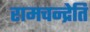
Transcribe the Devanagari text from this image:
रामचन्द्रेति